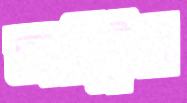
অস্ট্রিও